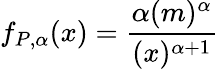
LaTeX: f_{P,\alpha}(x)=\frac{\alpha(m)^{\alpha}}{(x)^{\alpha+1}}